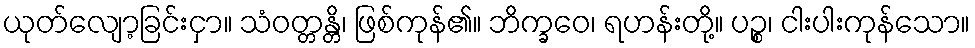
ယုတ်လျော့ခြင်းငှာ။ သံဝတ္တန္တိ၊ ဖြစ်ကုန်၏။ ဘိက္ခဝေ၊ ရဟန်းတို့။ ပဉ္စ၊ ငါးပါးကုန်သော။